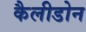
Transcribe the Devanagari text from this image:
कैलीडोन